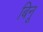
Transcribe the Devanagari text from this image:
बिनू